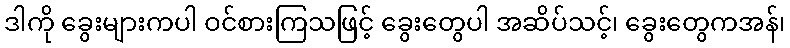
ဒါကို ခွေးများကပါ ဝင်စားကြသဖြင့် ခွေးတွေပါ အဆိပ်သင့်၊ ခွေးတွေကအန်၊